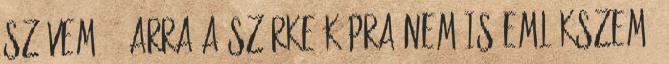
szívem. : Arra a szürke kúpra nem is emlékszem,